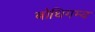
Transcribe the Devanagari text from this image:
बोधिगम्य